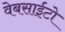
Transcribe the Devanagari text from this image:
वेबसाईटो